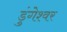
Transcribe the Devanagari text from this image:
डुंगेश्वर